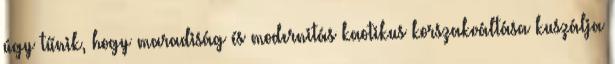
úgy tűnik, hogy maradiság és modernitás kaotikus korszakváltása kuszálja